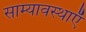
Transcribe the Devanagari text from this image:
साम्यावस्थाएँ